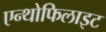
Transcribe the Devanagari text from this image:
एन्थोफिलाइट